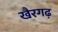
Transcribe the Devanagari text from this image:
खैरगढ़